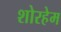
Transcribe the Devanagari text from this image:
शोरहेम